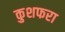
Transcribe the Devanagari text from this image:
कुशफरा